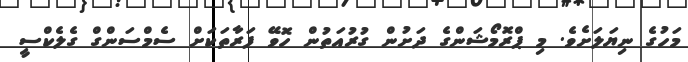
މަހުގެ ނިޔަލަށެވެ. މި ޕްރޮމޯޝަންގެ ދަށުން ގުރުއަތުން ހޮވޭ ފަރާތަކަށް ސެމްސަންގް ގެލެކްސީ